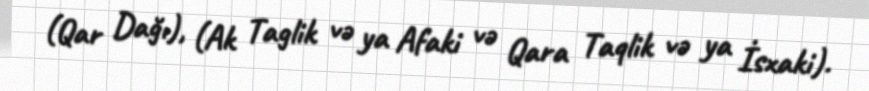
(Qar Dağı), (Ak Taglik və ya Afaki və Qara Taqlik və ya İsxaki).